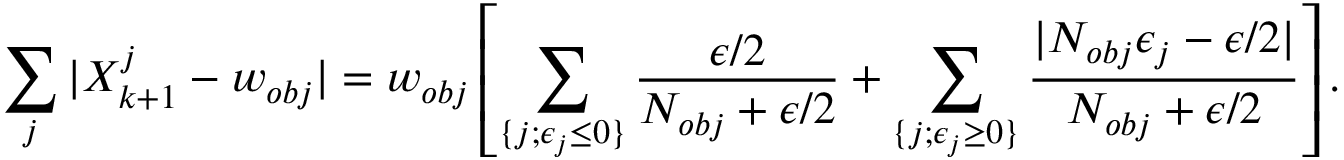
\sum _ { j } | X _ { k + 1 } ^ { j } - w _ { o b j } | = w _ { o b j } \left[ \sum _ { \{ j ; \epsilon _ { j } \le 0 \} } \frac { \epsilon / 2 } { N _ { o b j } + \epsilon / 2 } + \sum _ { \{ j ; \epsilon _ { j } \ge 0 \} } \frac { | N _ { o b j } \epsilon _ { j } - \epsilon / 2 | } { N _ { o b j } + \epsilon / 2 } \right] .